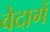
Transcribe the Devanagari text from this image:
वेदागें